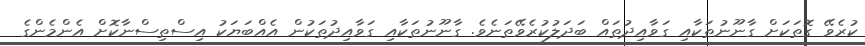
ކުރެވޭ ގޮތަކަށް ގާނޫނުތަކާއި ގަވާއިދުތައް ބަދަލުކުރެވޭތަނެވެ. ގާނޫނުތަކާއި ގަވާއިދުތަކުން އެއްބަޔަކު އިސްތިސްނާކޮށް އެންމެންގެ